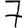
Digit: 7